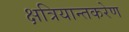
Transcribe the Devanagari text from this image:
क्षत्रियान्तकरेण